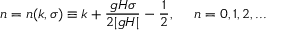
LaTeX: n = n ( k , \sigma ) \equiv k + \frac { g H \sigma } { 2 | g H | } - \frac { 1 } { 2 } , ~ ~ ~ ~ n = 0 , 1 , 2 , . . .